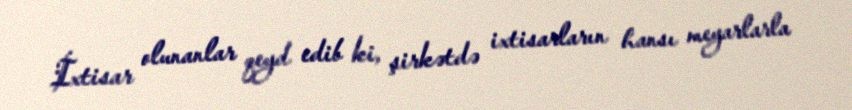
İxtisar olunanlar qeyd edib ki, şirkətdə ixtisarların hansı meyarlarla